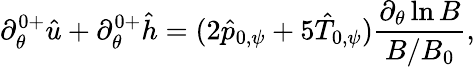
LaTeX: \partial_{\theta}^{0+}\hat{u}+\partial_{\theta}^{0+}\hat{h}=(2\hat{p}_{0,\psi}+5\hat{T}_{0,\psi})\frac{\partial_{\theta}\ln B}{B/B_{0}},